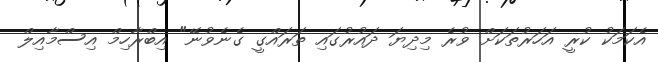
އެކަމަކު ކުރީ އަހަރުތަކަށް ވުރެ މިދިޔަ ދައުރުގައި ތަރައްގީ ގެނެވުނޭ" އިބްރާހިމް އިސްމާއިލް